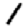
Digit: 1